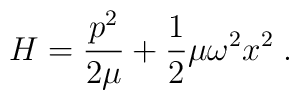
H = \frac{p^2}{2\mu} + \frac{1}{2}\mu\omega^2 x^2 \;.